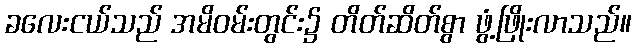
ခလေးငယ်သည် အမိဝမ်းတွင်း၌ တိတ်ဆိတ်စွာ ဖွံ့ဖြိုးလာသည်။